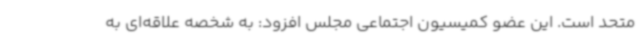
متحد است. این عضو کمیسیون اجتماعی مجلس افزود: به شخصه علاقه‌ای به